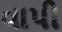
વાપી